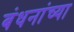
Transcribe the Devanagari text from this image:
बंधनांच्या